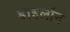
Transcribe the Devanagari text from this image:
डाइलॉन